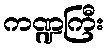
ကဏ္ဍကြီး